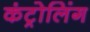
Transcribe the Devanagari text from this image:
कंट्रोलिंग